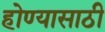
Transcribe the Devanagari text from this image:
होण्‍यासाठी